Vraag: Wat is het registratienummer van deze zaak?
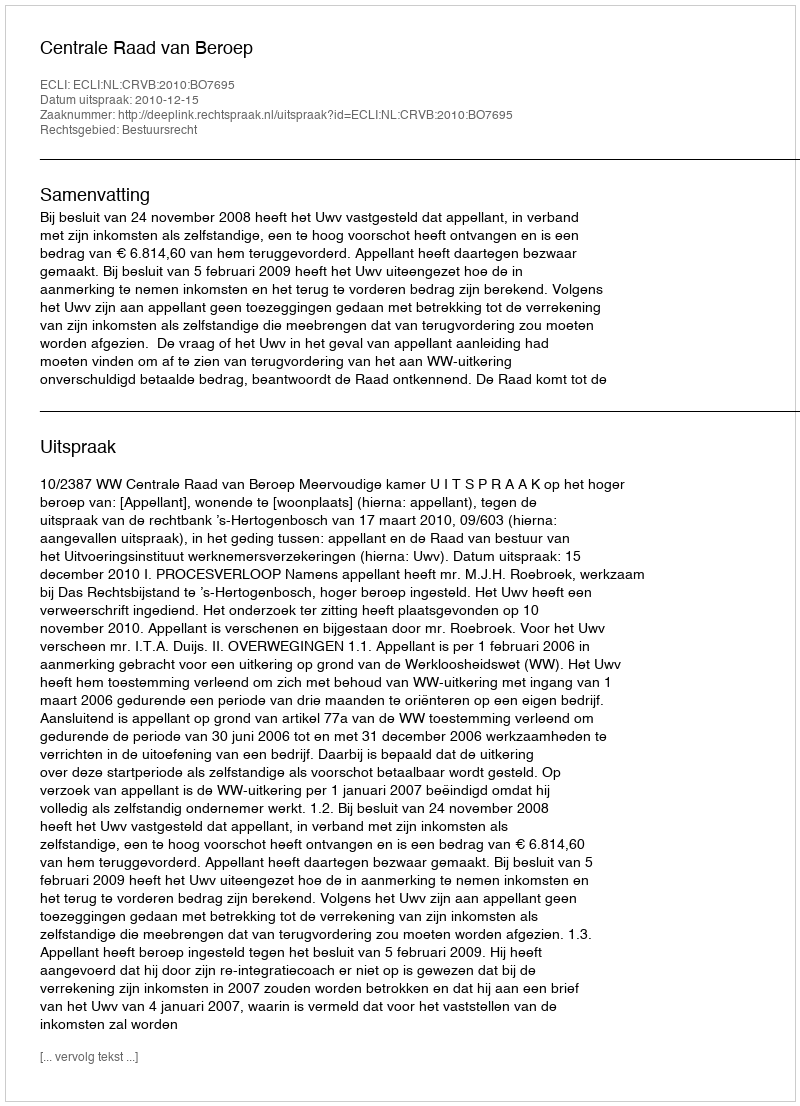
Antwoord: http://deeplink.rechtspraak.nl/uitspraak?id=ECLI:NL:CRVB:2010:BO7695